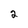
Character: 2